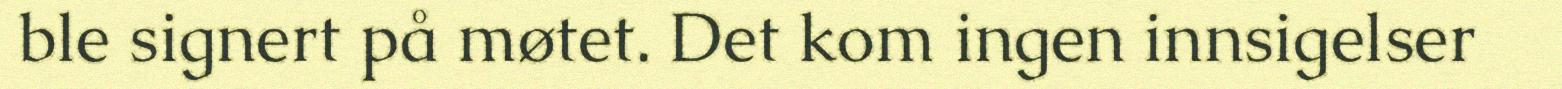
ble signert på møtet. Det kom ingen innsigelser